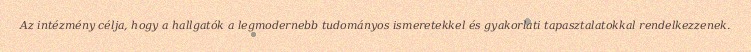
Az intézmény célja, hogy a hallgatók a legmodernebb tudományos ismeretekkel és gyakorlati tapasztalatokkal rendelkezzenek.